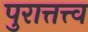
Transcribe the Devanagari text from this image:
पुरात्तत्त्व